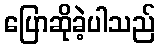
ပြောဆိုခဲ့ပါသည်